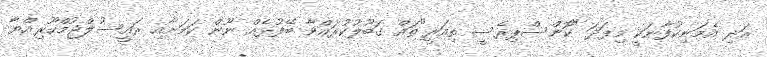
އަދި އެމަނިކުފާނަކީ މިފަދަ "ކޮންސްޕިރެސީ ތިއަރީ"ތައް ގަބޫލުކުރައްވާ ބޭފުޅެއް ނޫން ކަމަށާއި ރައީސުލްޖުމްހޫރިއްޔާ